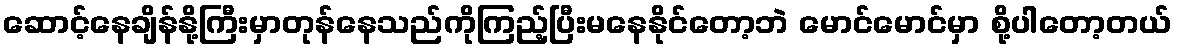
ဆောင့်နေချိန်နို့ကြီးမှာတုန်နေသည်ကိုကြည့်ပြီးမနေနိုင်တော့ဘဲ မောင်မောင်မှာ စို့ပါတော့တယ်